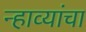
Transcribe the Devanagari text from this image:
न्हाव्यांचा